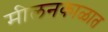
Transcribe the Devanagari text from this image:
मीलनकाळात